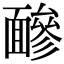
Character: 𩈼